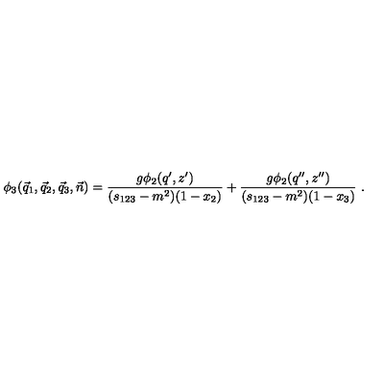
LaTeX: \phi _ { 3 } ( \vec { q } _ { 1 } , \vec { q } _ { 2 } , \vec { q } _ { 3 } , \vec { n } ) = \frac { g \phi _ { 2 } ( q ^ { \prime } , z ^ { \prime } ) } { ( s _ { 1 2 3 } - m ^ { 2 } ) ( 1 - x _ { 2 } ) } + \frac { g \phi _ { 2 } ( q ^ { \prime \prime } , z ^ { \prime \prime } ) } { ( s _ { 1 2 3 } - m ^ { 2 } ) ( 1 - x _ { 3 } ) } \ .